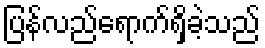
ပြန်လည်ရောက်ရှိခဲ့သည်